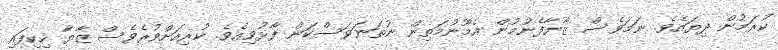
ކުރަމުން ދިޔައެވެ. ނަމަވެސް ޒާޔާފެނުމުން އެމޫނުމަތިން ނުތަނަވަސްކަން ފާޅުވިއެވެ. ކުރިއަށްވުރެވެސް ޒާޔާ ހިކިފައި